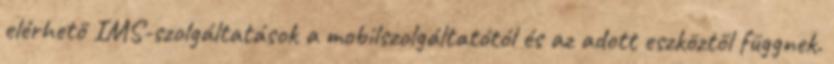
elérhető IMS-szolgáltatások a mobilszolgáltatótól és az adott eszköztől függnek.